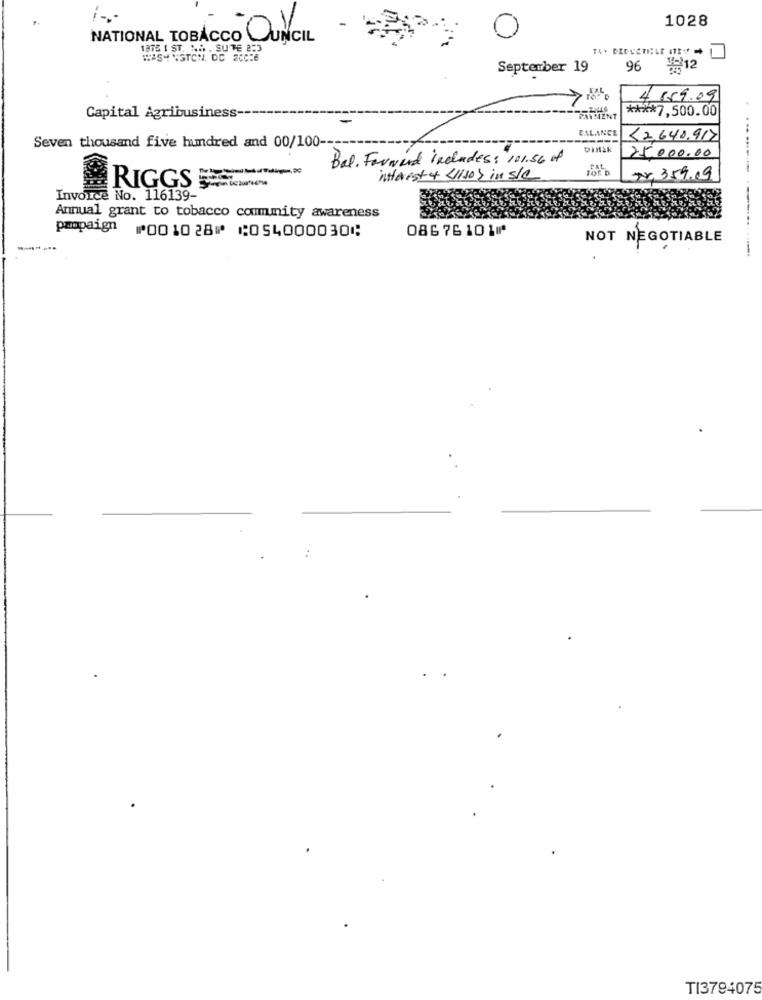
1028
NATIONAL TOBACCO QUNCIL
18TE I ST. NA . SUTE 2:3
號12
September 19
96
4.659.09
**** 7,500.00
Capital Agribusiness-
PAYMENT
BALANCE
52.640.917
Seven thousand five hundred and 00/100 ---
DINEK
Bal. Forwird includes: 101.56 of
25.000.00
interest of isor in s/c
74, 359.09
RIGGS5-60
Invoice No. 116139-
CHE
Annual grant to tobacco commmity awareness
08676101⑈
pzpaign ⑈001028⑈ ⑆054000030⑆
NOT NEGOTIABLE
TI3794075